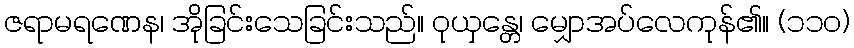
ဇရာမရဏေန၊ အိုခြင်းသေခြင်းသည်။ ဝုယှန္တေ၊ မျှောအပ်လေကုန်၏။ (၁၁၀)